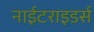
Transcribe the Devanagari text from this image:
नाईटराइडर्स